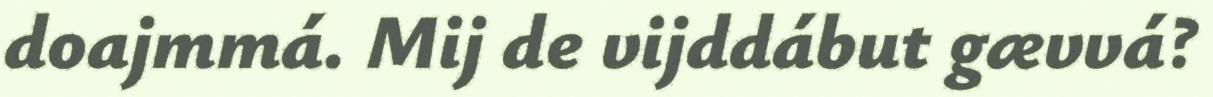
doajmmá. Mij de vijddábut gævvá?